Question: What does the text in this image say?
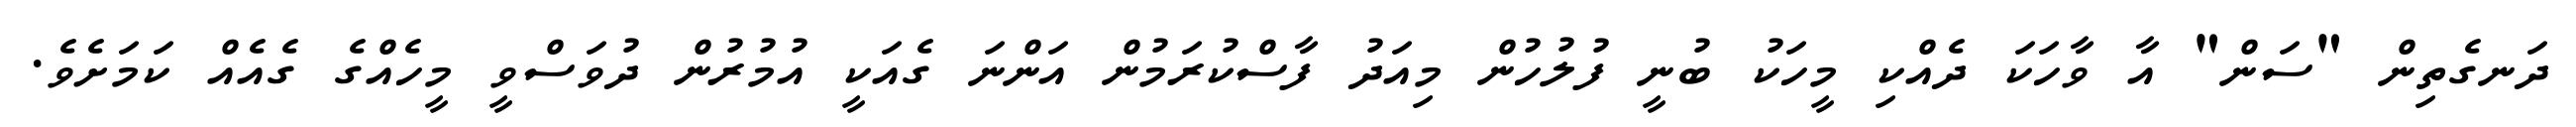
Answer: ދަނގެތިން "ސަން" އާ ވާހަކަ ދެއްކި މީހަކު ބުނީ ފުލުހުން މިއަދު ފާސްކުރަމުން އަންނަ ގެއަކީ އުމުރުން ދުވަސްވީ މީހެއްގެ ގެއެއް ކަމަށެވެ.